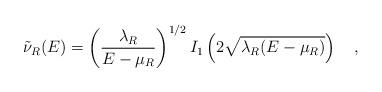
LaTeX: \begin{align*}\tilde{\nu}_R(E)=\left({\lambda_R \over E-\mu_R}\right)^{1/2}I_1\left(2\sqrt{\lambda_R(E-\mu_R)}\right)~~~,\end{align*}